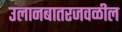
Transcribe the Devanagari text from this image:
उलानबातरजवळील